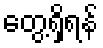
တွေ့ရှိရန်